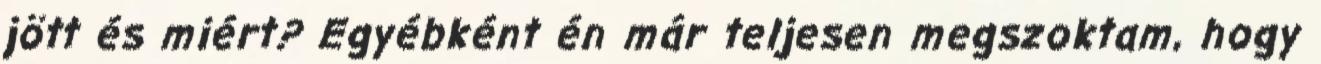
jött és miért? Egyébként én már teljesen megszoktam, hogy